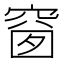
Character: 𥦬